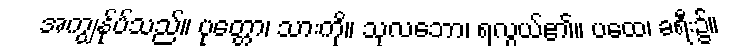
အကျွန်ုပ်သည်။ ပုတ္တော၊ သားကို။ သုလဘော၊ ရလွယ်၏။ ပထေ၊ ခရီး၌။